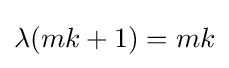
\lambda (mk+1)=mk